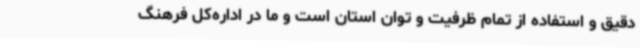
دقیق و استفاده از تمام ظرفیت و توان استان است و ما در اداره‌کل فرهنگ